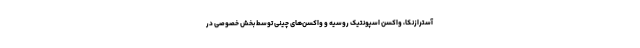
آسترازنکا، واکسن اسپونتیک روسیه و واکسن‌های چینی توسط بخش خصوصی در